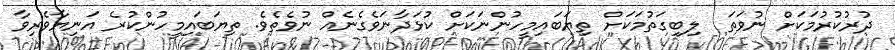
ދުރުކުރުމަކަށް ނުވަތަ  ލިބިގަތުމަކަށް ތިޔަބައިމީހުންނަކަށް ކުޅަދާނަވެގެނެއް ނުވެތެވެ. ތިޔަބައިމީހުންކުރެ އަނިޔާވެރިވާ